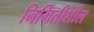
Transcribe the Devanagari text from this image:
निर्मितीशील